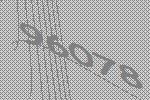
96078